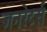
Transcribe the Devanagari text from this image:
जनरेटर्स